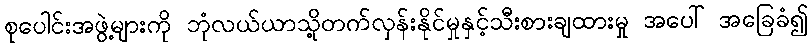
စုပေါင်းအဖွဲ့များကို ဘုံလယ်ယာသို့တက်လှန်းနိုင်မှုနှင့်သီးစားချထားမှု အပေါ် အခြေခံ၍